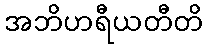
အဘိဟရီယတီတိ